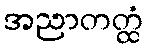
အညာတတ္ထံ